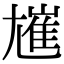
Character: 𡰋